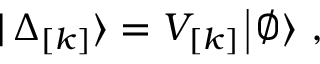
| \, \Delta _ { \lbrack k \rbrack } \rangle = V _ { \lbrack k \rbrack } \, \vline \, \emptyset \rangle ~ ,